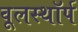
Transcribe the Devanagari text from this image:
वूलस्थॉर्प